Plague in India, 1896, 1897 - Volume 1
Year: 1896
Disease focus: Plague
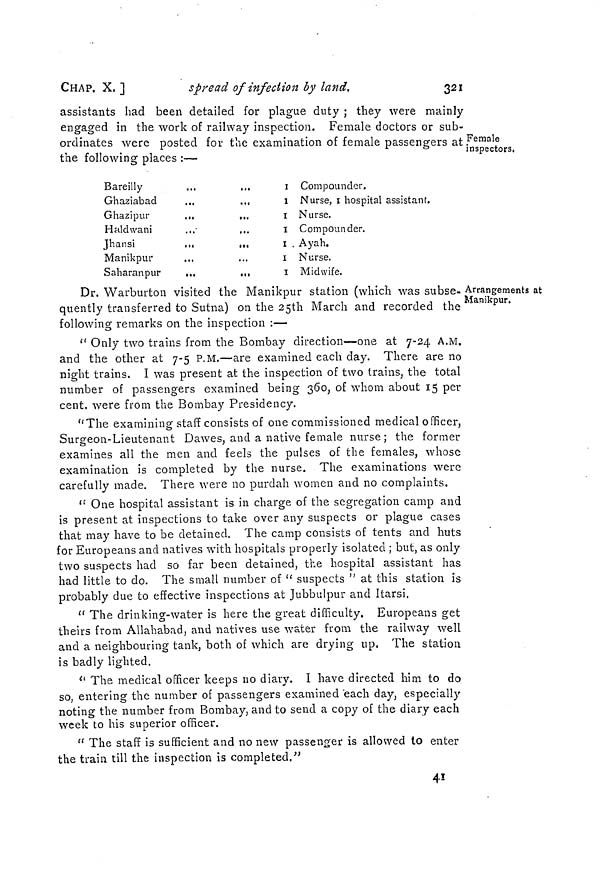
CHAP. X, ]
spread of infection by land.
321
Female
inspectors,
assistants had been detailed for plague duty ; they were mainly
engaged in the work of railway inspection. Female doctors or sub-
ordinates were posted for the examination of female passengers at
the following places :—
Bareilly
...
...
Ghaziabad
Ghazipur
...
...
Haldwani
...
...
Jhansi
... ...
Manikpur
Saharanpur
...
...
1 Compoundor.
1 Nurse, 1 hospital assistant.
I Nurse.
1 Compounder.
1 . Ayah.
1 Nurse.
1 Midwife.
Arrangements at
Manikpur.
Dr. Warburton visited the Manikpur station (which was subse-
quently transferred to Sutna) on the 25th March and recorded the
following remarks on the inspection :—
" Only two trains from the Bombay direction—one at 7-24 A.M.
and the other at 7-5 P.M.—are examined each day. There are no
night trains. I was present at the inspection of two trains, the total
number of passengers examined being 360, of whom about 15 per
cent. were from the Bombay Presidency.
"The examining staff consists of one commissioned medical officer,
Surgeon-Lieutenant Dawes, and a native female nurse ; the former
examines all the men and feels the pulses of the females, whose
examination is completed by the nurse. The examinations were
carefully made. There were no purdah women and no complaints.
" One hospital assistant is in charge of the segregation camp and
is present at inspections to take over any suspects or plague cases
that may have to be detained. The camp consists of tents and huts
for Europeans and natives with hospitals properly isolated ; but, as only
two suspects had so far been detained, the hospital assistant has
had little to do. The small number of " suspects " at this station is
probably due to effective inspections at Jubbulpur and Itarsi.
" The drinking-water is here the great difficulty. Europeans get
theirs from Allahabad, and natives use water from the railway well
and a neighbouring tank, both of which are drying up. The station
is badly lighted.
" The medical officer keeps no diary. I have directed him to do
so, entering the number of passengers examined each day, especially
noting the number from Bombay, and to send a copy of the diary each
week to his superior officer.
" The staff is sufficient and no new passenger is allowed to enter
the train till the inspection is completed."
41